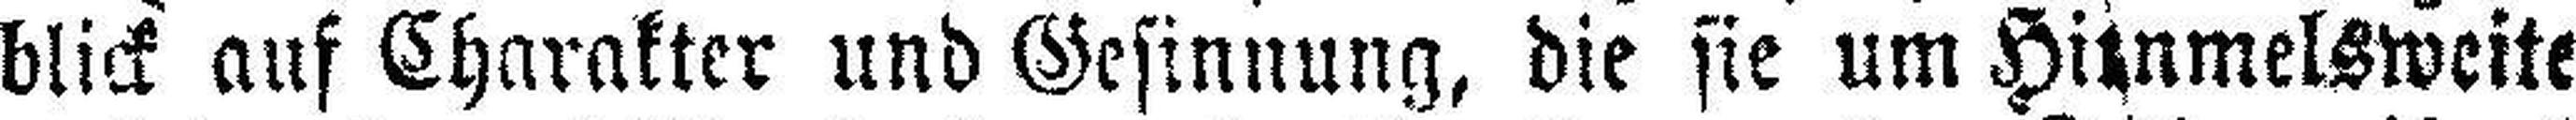
blick auf Charakter und Gesinnung, die sie um Himmelsweite